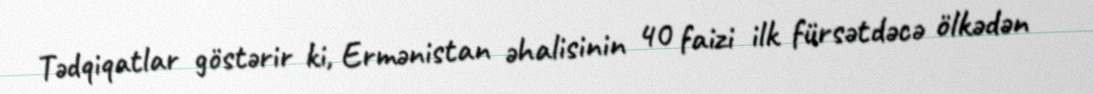
Tədqiqatlar göstərir ki, Ermənistan əhalisinin 40 faizi ilk fürsətdəcə ölkədən